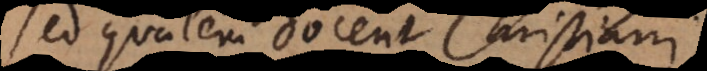
ed qualem docent Christiani